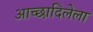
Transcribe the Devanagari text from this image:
आच्छादिलेला